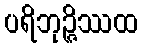
ပရိဘုဉ္ဇိဿထ